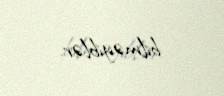
bilməyiblər.